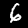
Label: 6